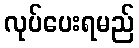
လုပ်ပေးရမည်